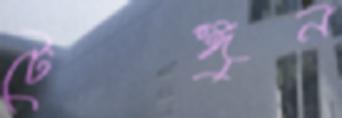
টেঙ্গুন